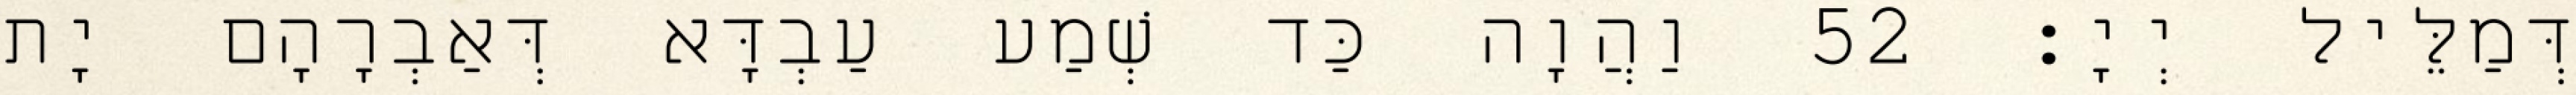
דְּמַלֵּיל יְיָ׃ 52 וַהֲוָה כַּד שְׁמַע עַבְדָּא דְּאַבְרָהָם יָת